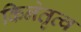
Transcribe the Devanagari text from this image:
किनेतृत्व